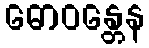
ဓောဝန္တေန